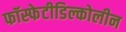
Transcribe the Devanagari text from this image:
फॉस्फेटीडिल्कोलीन